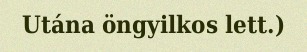
Utána öngyilkos lett.)